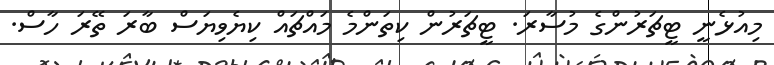
މިއުޅެނީ ޓީޗަރުންގެ މުސާރަ. ޓީޗަރުން ކިތަންމެ މައްޗައް ކިޔެވިޔަސް ބާރަ ތޭރަ ހާސް.